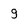
Character: g